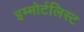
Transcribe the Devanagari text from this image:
इम्मोर्टलिस्ट